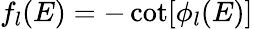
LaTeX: f_{l}(E)=-\cot[\phi_{l}(E)]